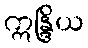
ဣန္ဒြိယ